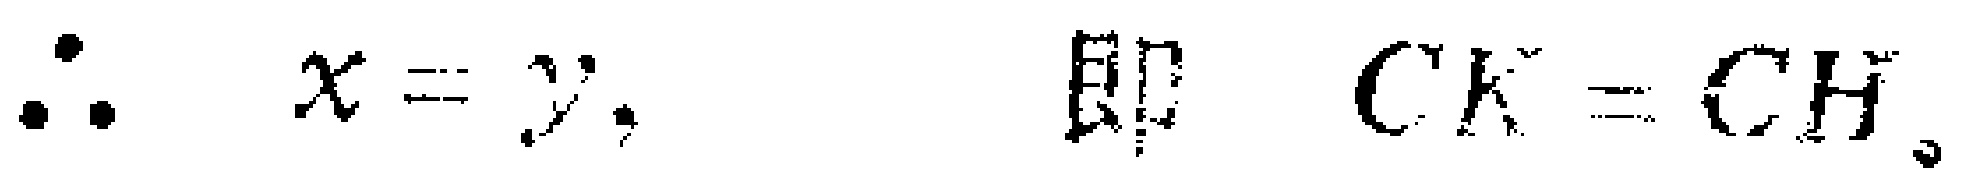
\(\therefore x = y,\ \ 即\ \ CK = CH。\)